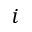
i